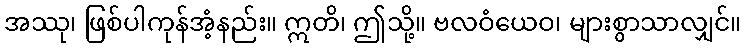
အဿု၊ ဖြစ်ပါကုန်အံ့နည်း။ ဣတိ၊ ဤသို့။ ဗလဝံယေဝ၊ များစွာသာလျှင်။